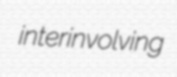
interinvolving